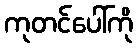
ကုတင်ပေါ်ကို